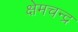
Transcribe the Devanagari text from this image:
क्षेमचन्‍द्र